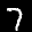
Label: 7